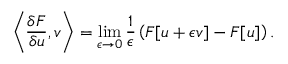
\left\langle \frac { \delta F } { \delta u } , v \right\rangle = \operatorname* { l i m } _ { \epsilon \to 0 } \frac { 1 } { \epsilon } \left( F [ u + \epsilon v ] - F [ u ] \right) .